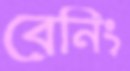
বেনিং